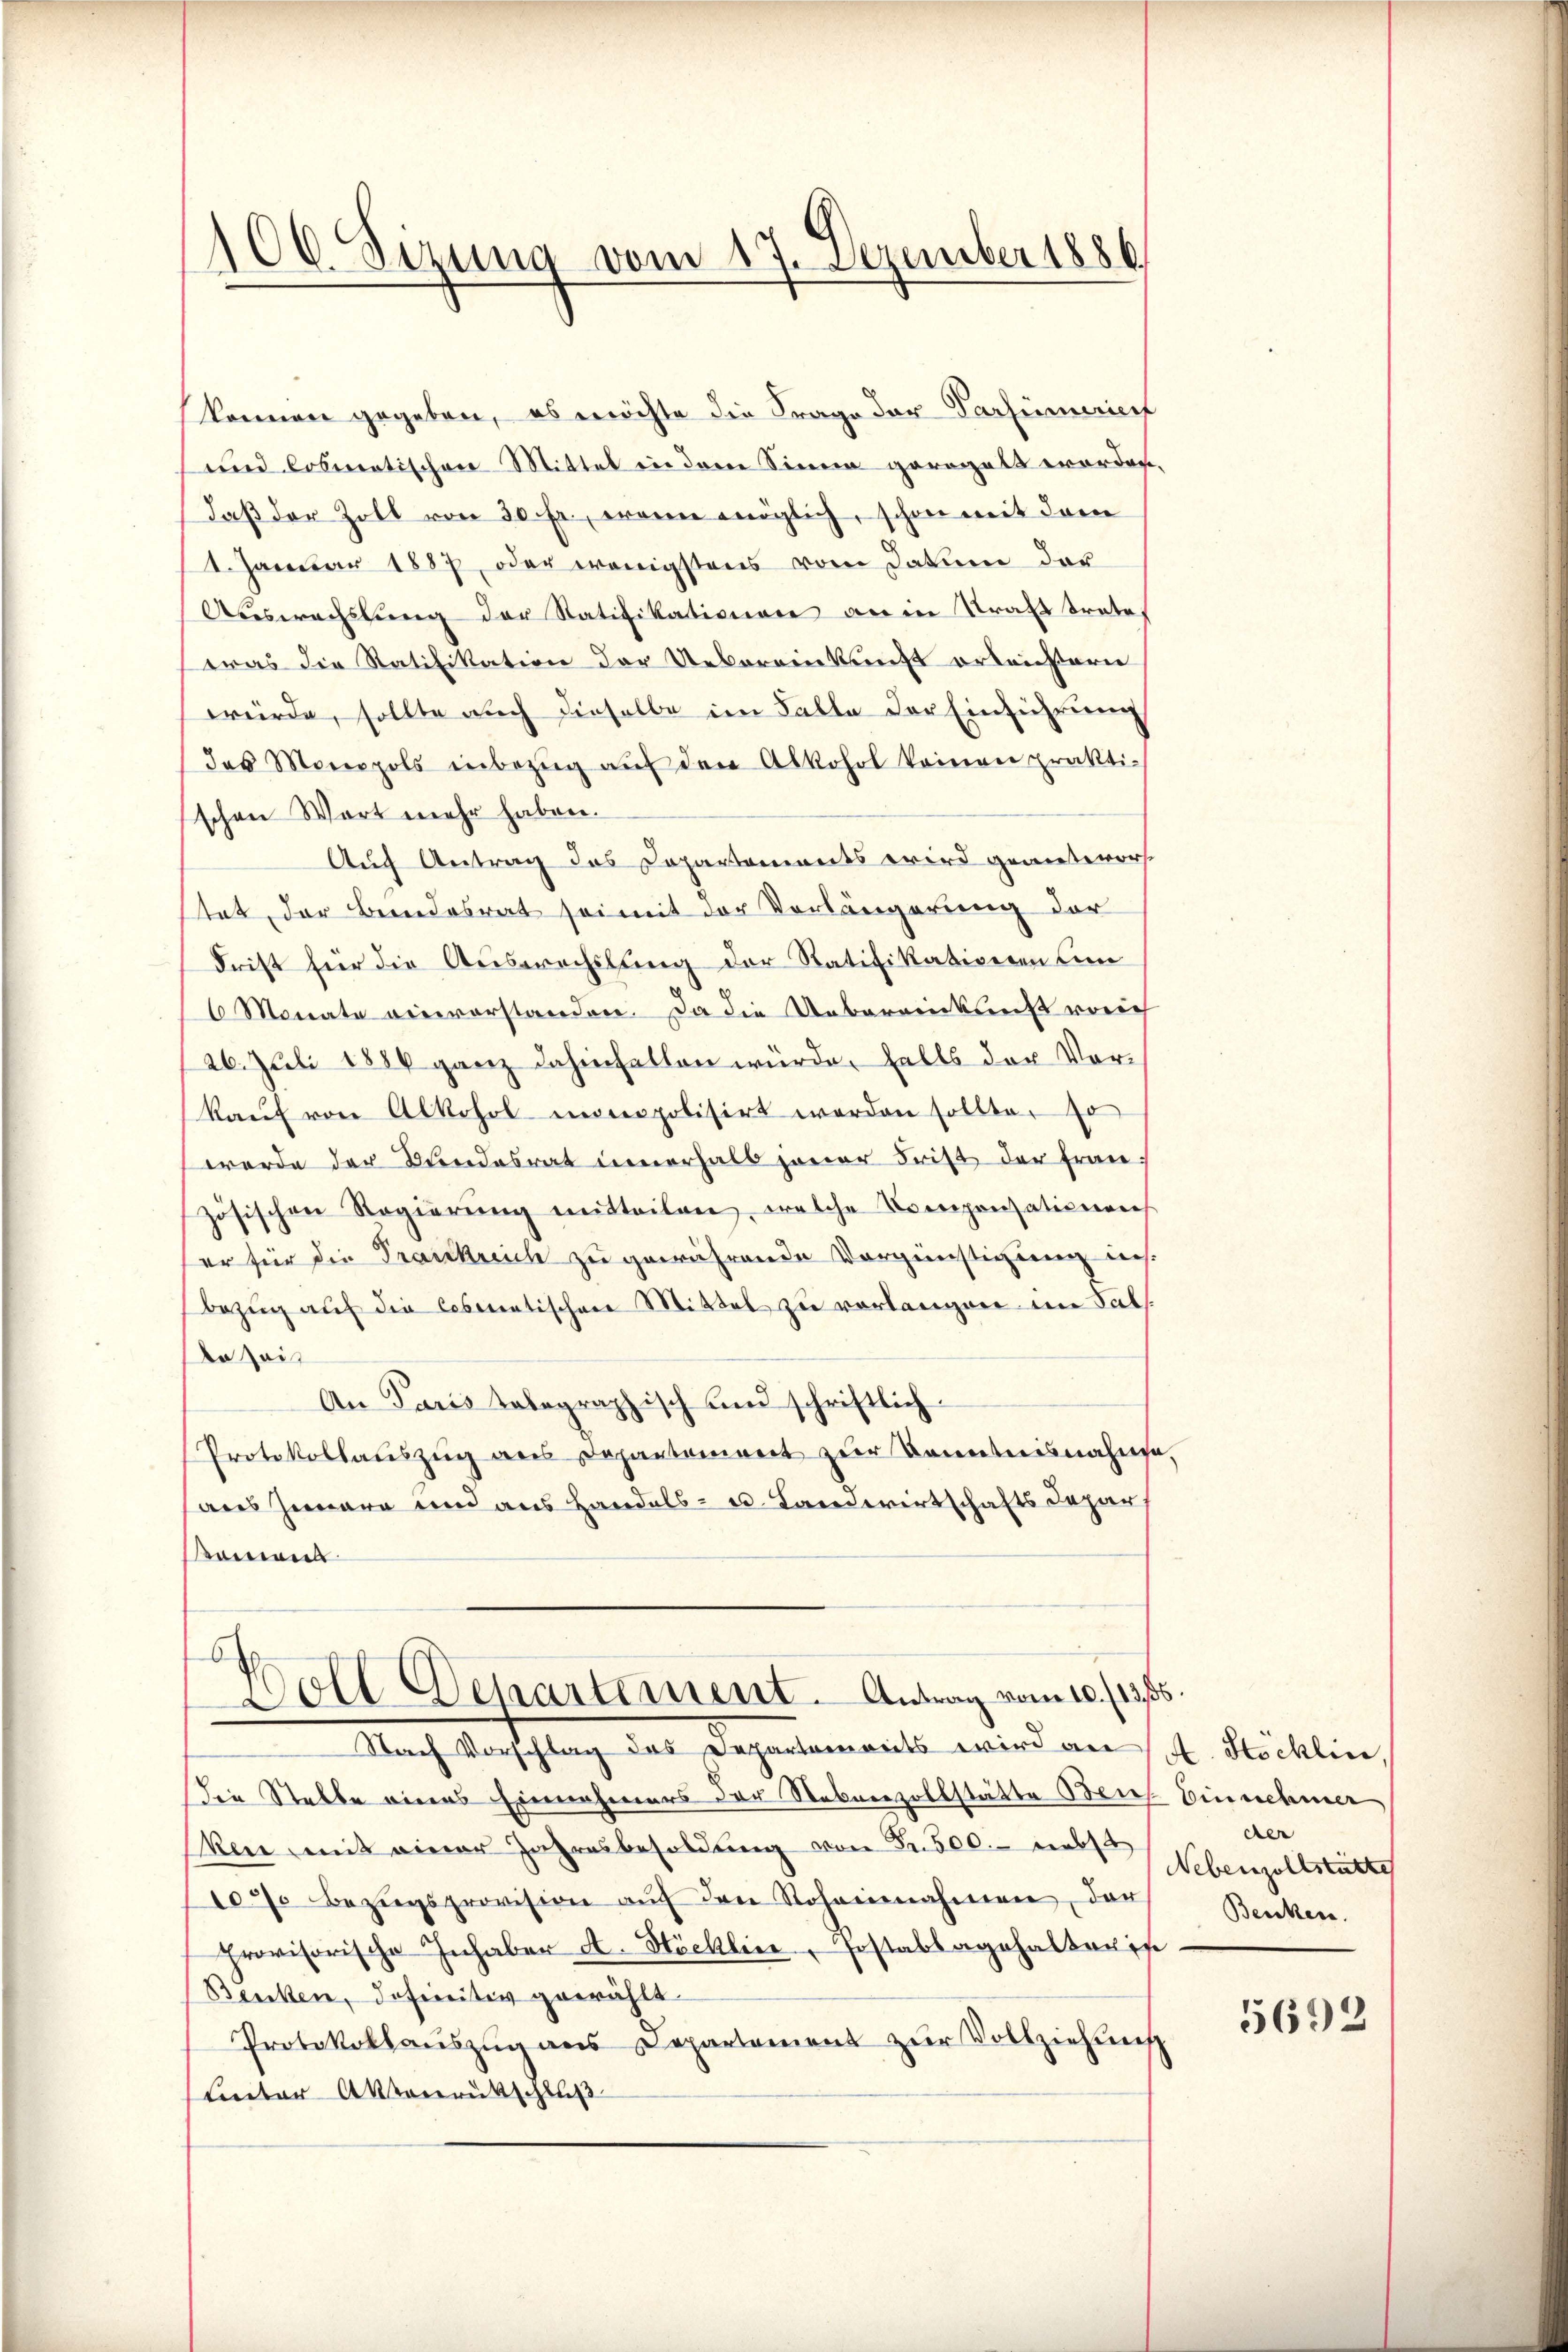
(
100. Sizung vom 17. Dezember 1886
d

Konien gegeben, es möchte die Frage der Partinueriert
und losmatischen Mittel in dere Sinne geragalt worden.
Daß der Zoll von 30 Fr., wann möglich, schon mit dem
1. Januar 1887 oder wenigstens vom Datum der
Auswechslung der Ratifikationen anein Straft trates
was die Ratifikation der Uebereinkunft ertrichtern
würde, sollte auch dieselbe im Falle der Einführung
des Monopols inbezŭg aŭf den Alkohol keinen prakti-
schen Wort mehr haben.
Auch Antrag das Departements wird gemieteror
tet, der Berndesrat sei mit der Vorlängerung der
Frist für die Auswechslung der Ratifikationen Ein
6 Monate einverstanden. Da die Uebereinkunft reich
26. Juli 1886 ganz dahinfallen würde, falls der Vorkaŭf von Alkohol innopolisirt werden sollte, so
werde der Bundesrat innerhalb jener Frist der Frau
zösischen Regierŭng mitteilen, welche Kompensationen
er für die Frankreich zu gewährende Vergünstigung ins.
Bezŭg aŭf die losmatischen Mittel zu verlangen im Fals.
Do Zeit
An Paris tabegraphisch und schriftlich
Protokollauszug aus Departement zur Kenntnisnahme,
aus Iunara und aus Handels- u. Landwirtschafts Depar
koment
Boll Departement. Antrag vom 10./13. 56.
Nach Vorschlag des Departements wird an Stöcklin,
Die Stelle eines Einnahmers der Nebenzollstätte Bei Einnehmer
ken mit einer Jahresbesoldŭng von Fr. 500. nebst
107 Bezŭgsprovision aŭf den Rohannahmen, der
provisorische Inhaber A. Höcklice, Jostablagehalterin
Benken, definitiv gewählt.
Protokollaŭszŭg ans Departement zŭr Vollziehŭng
Lnter Aktenrutschluß

der
Nebenzollstätte
Benken.

5692